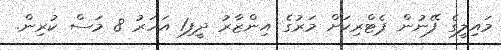
މައިލީގެ ފޭނުން ޕެޓްރިކަށް މަރުގެ އިންޒާރު ދީފި1 އަހަރު 8 މަސް ކުރިން.